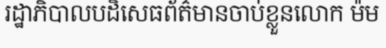
រដ្ឋាភិបាលបដិសេធព័ត៌មានចាប់ខ្លួនលោក ម៉ម